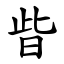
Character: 㫮